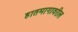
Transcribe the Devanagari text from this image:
हातमागावरील